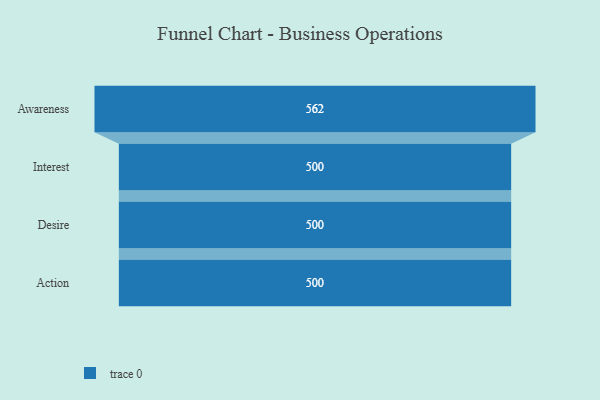
{"axis": {"x": "Stage", "y": "Value"}, "legend": [""], "data": [{"x": "Awareness", "y": 562.0, "type": ""}, {"x": "Interest", "y": 500, "type": ""}, {"x": "Desire", "y": 500, "type": ""}, {"x": "Action", "y": 500, "type": ""}]}